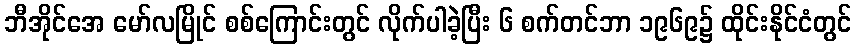
ဘီအိုင်အေ မော်လမြိုင် စစ်ကြောင်းတွင် လိုက်ပါခဲ့ပြီး ၆ စက်တင်ဘာ ၁၉၆၉၌ ထိုင်းနိုင်ငံတွင်